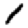
Digit: 1